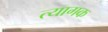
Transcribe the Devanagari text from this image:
त्यागक